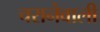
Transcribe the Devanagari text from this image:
चरानेवाली